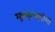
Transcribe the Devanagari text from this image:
मूत्रकृच्छ्ररोगी